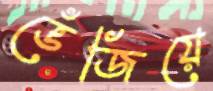
ভেঁজিয়ে